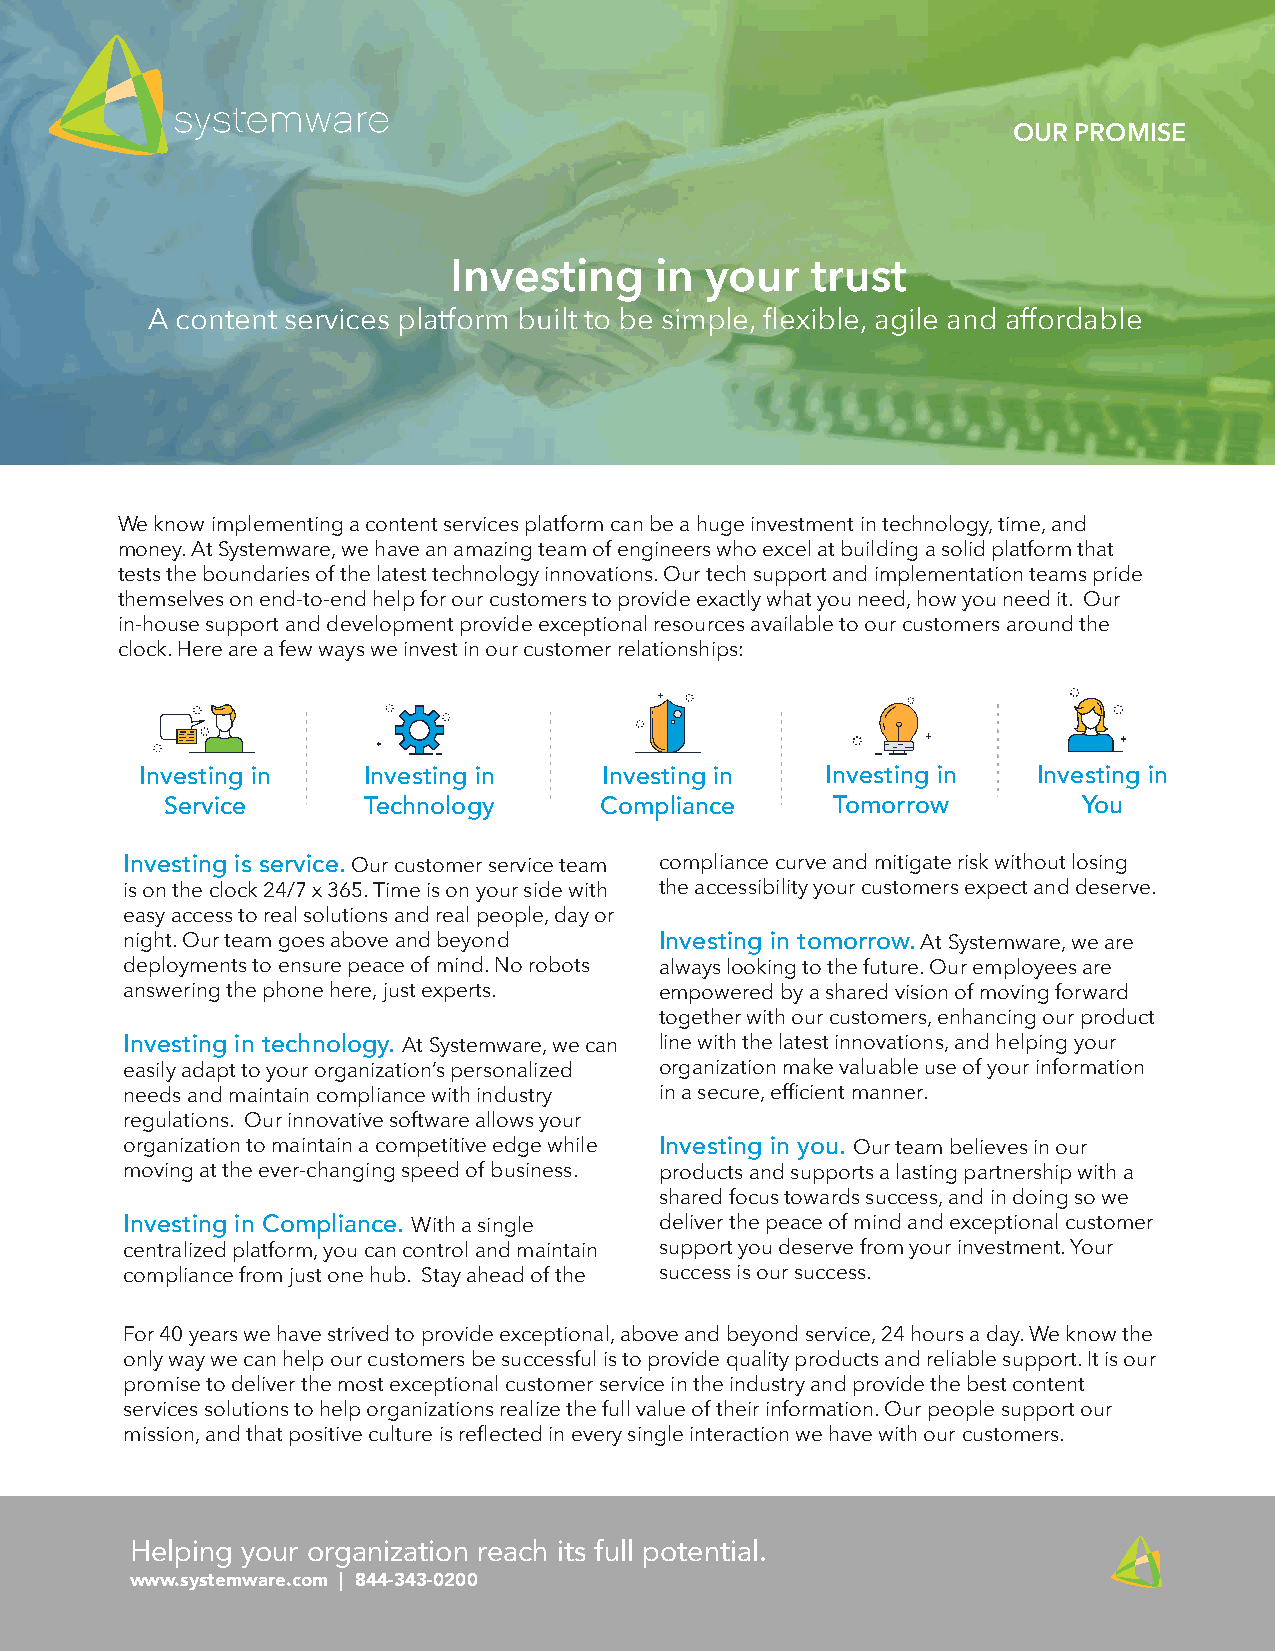
OUR PROMISE
 Investing    in  your   trust
 A content services platform built to be simple, flexible, agile and affordable
 We know implementing a content services platform can be a huge investment in technology, time, and
 money. At Systemware, we have an amazing team of engineers who excel at building a solid platform that
 tests the boundaries of the latest technology innovations. Our tech support and implementation teams pride
 themselves on end-to-end help for our customers to provide exactly what you need, how you need it. Our
 in-house support and development provide exceptional resources available to our customers around the
 clock. Here are a few ways we invest in our customer relationships:
 Investing in   Investing in    Investing in   Investing in  Investing in
 Service      Technology      Compliance     Tomorrow         You
 Investing is service. Our customer service team compliance curve and mitigate risk without losing
 is on the clock 24/7 x 365. Time is on your side with the accessibility your customers expect and deserve.
 easy access to real solutions and real people, day or
 night. Our team goes above and beyond Investing in tomorrow. At Systemware, we are
 deployments to ensure peace of mind. No robots always looking to the future. Our employees are
 answering the phone here, just experts. empowered by a shared vision of moving forward
 together with our customers, enhancing our product
 Investing in technology. At Systemware, we can line with the latest innovations, and helping your
 easily adapt to your organization’s personalized organization make valuable use of your information
 needs and maintain compliance with industry in a secure, efficient manner.
 regulations. Our innovative software allows your
 organization to maintain a competitive edge while Investing in you. Our team believes in our
 moving at the ever-changing speed of business. products and supports a lasting partnership with a
 shared focus towards success, and in doing so we
 Investing in Compliance. With a single deliver the peace of mind and exceptional customer
 centralized platform, you can control and maintain support you deserve from your investment. Your
 compliance from just one hub. Stay ahead of the success is our success.
 For 40 years we have strived to provide exceptional, above and beyond service, 24 hours a day. We know the
 only way we can help our customers be successful is to provide quality products and reliable support. It is our
 promise to deliver the most exceptional customer service in the industry and provide the best content
 services solutions to help organizations realize the full value of their information. Our people support our
 mission, and that positive culture is reflected in every single interaction we have with our customers.
 Helping your organization reach its full potential.
 www.systemware.com | 844-343-0200